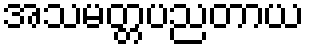
အသမတ္တပညတာယ